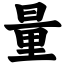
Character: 量